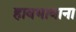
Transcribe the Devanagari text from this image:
हावभावाना